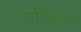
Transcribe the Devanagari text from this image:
प्रतिभारित